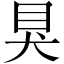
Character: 狊